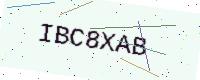
Text: IBC8XAB